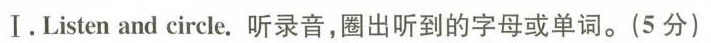
I. Listen and circle. 听录音，圈出听到的字母或单词。（5分）